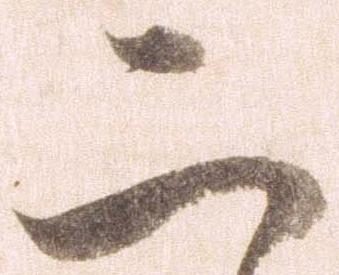
二